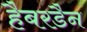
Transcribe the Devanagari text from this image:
हैबरडैन